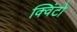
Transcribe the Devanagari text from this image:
क्विंटो